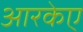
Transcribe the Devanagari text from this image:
आरकेए